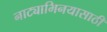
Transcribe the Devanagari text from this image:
नाट्याभिनयासाठी